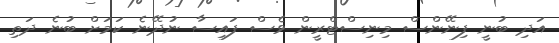
އަދި ބުނީ ފިނޭންސް މިނިސްޓްރީން ވެސް ފައިސާ ނުދޭނެ ކަމަށް ބުނެ ދަތި